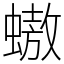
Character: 𧑃